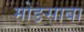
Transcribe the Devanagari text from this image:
मोङसाबा